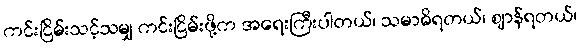
ကင်းငြိမ်းသင့်သမျှ ကင်းငြိမ်းဖို့က အရေးကြီးပါတယ်၊ သမာဓိရတယ်၊ ဈာန်ရတယ်၊